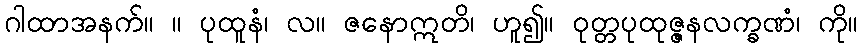
ဂါထာအနက်။ ။ ပုထူနံ၊ လ။ ဇနောဣတိ၊ ဟူ၍။ ဝုတ္တပုထုဇ္ဇနလက္ခဏံ၊ ကို။